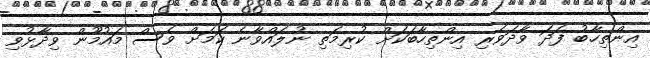
އިންތިހާބު ފަދަ ވާދަވެރި އިންތިހާބަކަށް ކުރިމަތި ނުލައްވާނެ ކަމަށް ވެސް މައުމޫން ވިދާޅުވި